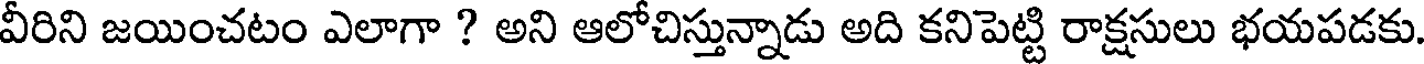
వీరిని జయించటం ఎలాగా ? అని ఆలోచిస్తున్నాడు అది కనిపెట్టి రాక్షసులు భయపడకు